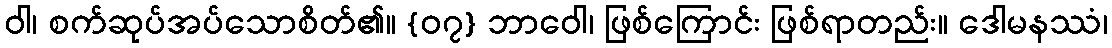
ဝါ၊ စက်ဆုပ်အပ်သောစိတ်၏။ {၀၇} ဘာဝေါ၊ ဖြစ်ကြောင်း ဖြစ်ရာတည်း။ ဒေါမနဿံ၊